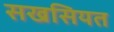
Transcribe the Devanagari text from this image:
सखसियत